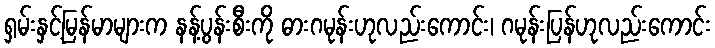
ရှမ်းနှင့်မြန်မာများက နန့်ပွန်းစီးကို ဓားဂမုန်းဟုလည်းကောင်း၊ ဂမုန်းပြန်ဟုလည်းကောင်း